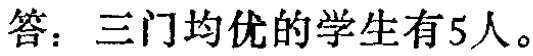
答：三门均优的学生有5人。